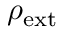
\rho _ { \mathrm { { e x t } } }